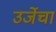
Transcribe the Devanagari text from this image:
उर्जेचा